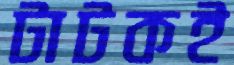
টাটকই